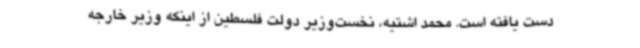
دست یافته است. محمد اشتیه، نخست‌وزیر دولت فلسطین از اینکه وزیر خارجه